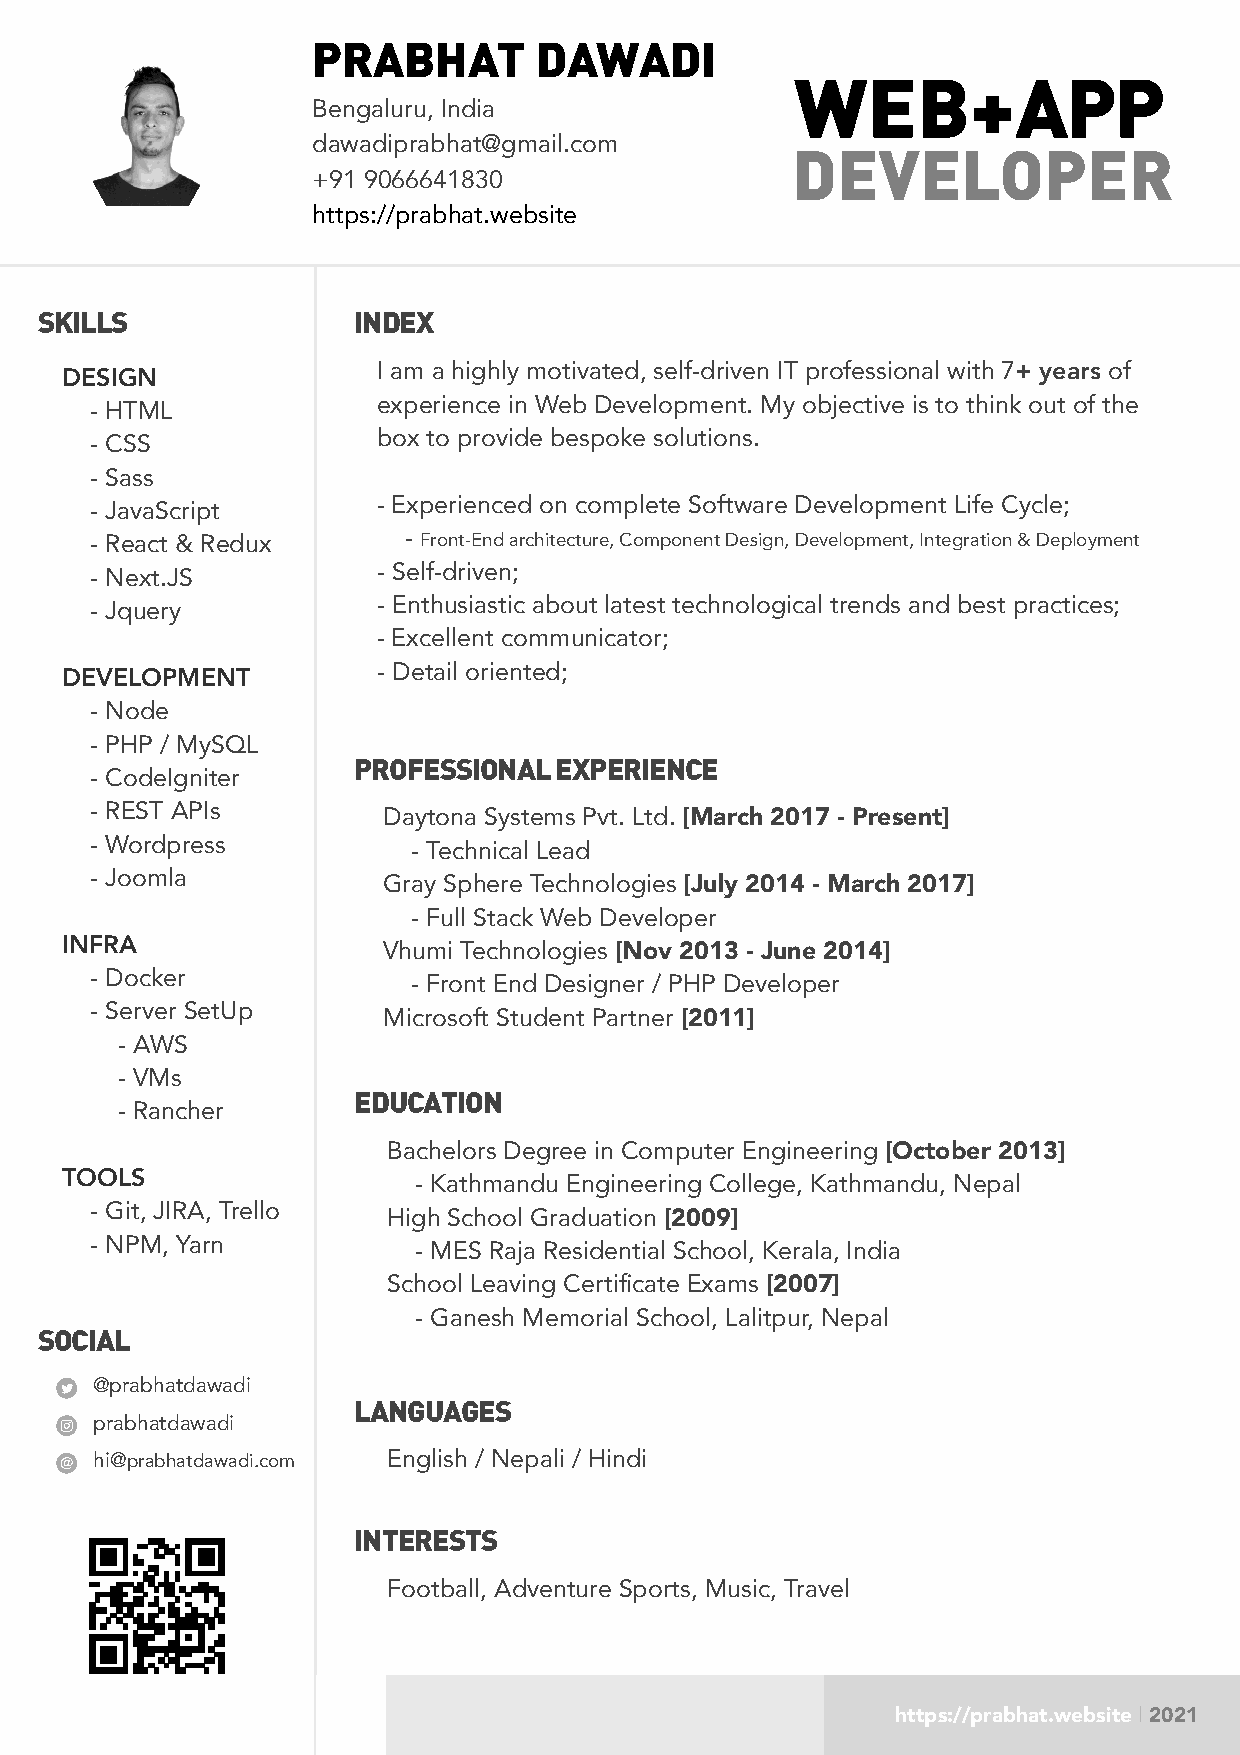
PRABHAT       DAWADI
 WEB+APP
 Bengaluru, India
 dawadiprabhat@gmail.com
 DEVELOPER
 +91 9066641830
 https://prabhat.website
 SKILLS               INDEX
 DESIGN               I am a highly motivated, self-driven IT professional with 7+ years of
 - HTML             experience in Web Development. My objective is to think out of the
 - CSS              box to provide bespoke solutions.
 - Sass
 - JavaScript       - Experienced on complete Software Development Life Cycle;
 - React & Redux      - Front-End architecture, Component Design, Development, Integration & Deployment
 - Next.JS          - Self-driven;
 - Jquery           - Enthusiastic about latest technological trends and best practices;
 - Excellent communicator;
 DEVELOPMENT          - Detail oriented;
 - Node
 - PHP / MySQL
 PROFESSIONAL  EXPERIENCE
 - CodeIgniter
 - REST APIs        Daytona Systems Pvt. Ltd. [March 2017 - Present]
 - Wordpress          - Technical Lead
 - Joomla           Gray Sphere Technologies [July 2014 - March 2017]
 - Full Stack Web Developer
 INFRA                Vhumi Technologies [Nov 2013 - June 2014]
 - Docker             - Front End Designer / PHP Developer
 - Server SetUp     Microsoft Student Partner [2011]
 - AWS
 - VMs
 EDUCATION
 - Rancher
 Bachelors Degree in Computer Engineering [October 2013]
 TOOLS
 - Kathmandu Engineering College, Kathmandu, Nepal
 - Git, JIRA, Trello
 High School Graduation [2009]
 - NPM, Yarn
 - MES Raja Residential School, Kerala, India
 School Leaving Certificate Exams [2007]
 - Ganesh Memorial School, Lalitpur, Nepal
 SOCIAL
 @prabhatdawadi
 LANGUAGES
 prabhatdawadi
 hi@prabhatdawadi.com English / Nepali / Hindi
 INTERESTS
 Football, Adventure Sports, Music, Travel
 https://prabhat.website | 2021